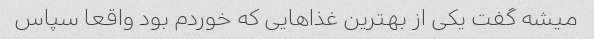
میشه گفت یکی از بهترین غذاهایی که خوردم بود واقعا سپاس